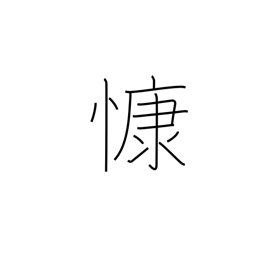
Meaning: grieve